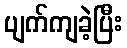
ပျက်ကျခဲ့ပြီး